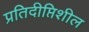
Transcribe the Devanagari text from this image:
प्रतिदीप्तिशील